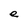
Character: e